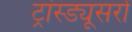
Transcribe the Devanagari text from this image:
ट्रांस्ड्यूसरों